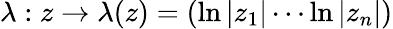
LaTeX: \lambda:z\rightarrow\lambda(z)=(\ln|z_{1}|\cdots\ln|z_{n}|)